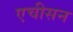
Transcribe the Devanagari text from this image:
एचीसन